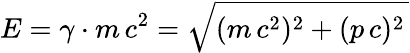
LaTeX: E=\gamma\cdot m\, c^{2}=\sqrt{(m\, c^{2})^{2}+(p\, c)^{2}\, }